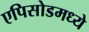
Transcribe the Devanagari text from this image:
एपिसोडमध्ये